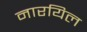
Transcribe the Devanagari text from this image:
नारयिल